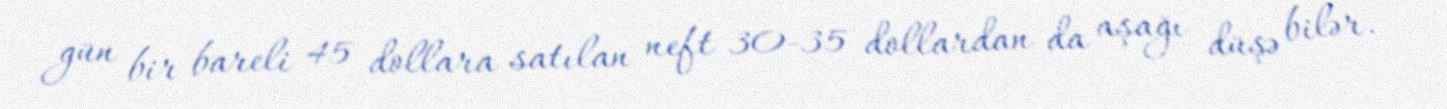
gün bir bareli 45 dollara satılan neft 30-35 dollardan da aşağı düşə bilər.